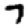
Digit: 7